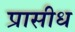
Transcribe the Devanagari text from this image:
प्रासीध